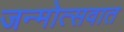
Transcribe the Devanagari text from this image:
जन्मोत्सवात